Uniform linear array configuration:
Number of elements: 16
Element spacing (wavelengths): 1
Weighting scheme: blackman
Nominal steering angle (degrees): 60
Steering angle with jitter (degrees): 61.442
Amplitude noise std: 0.05
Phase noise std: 0.05

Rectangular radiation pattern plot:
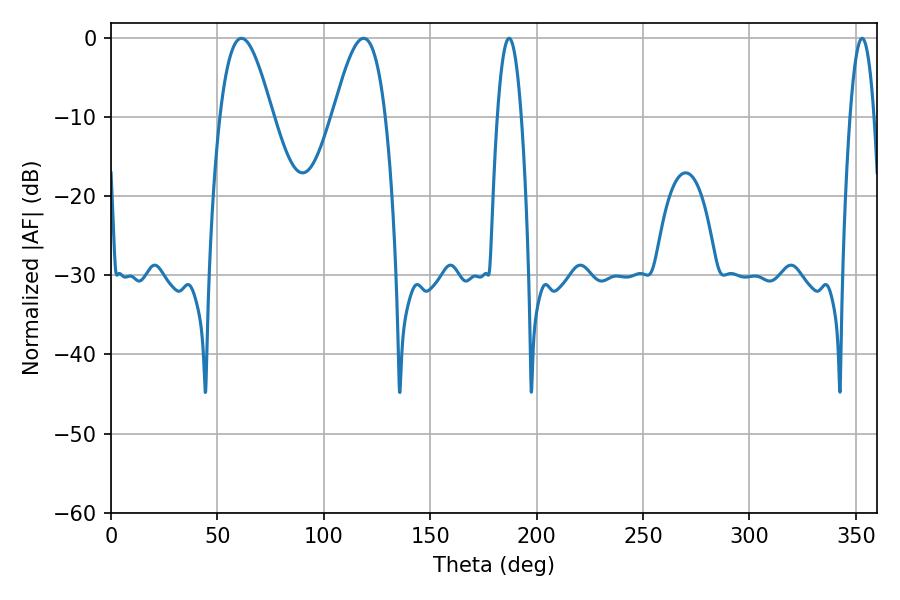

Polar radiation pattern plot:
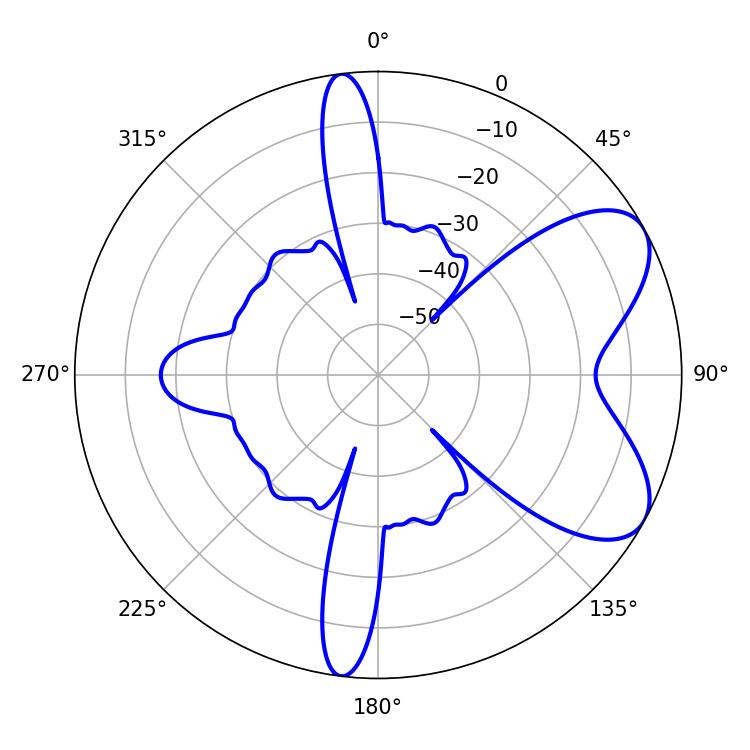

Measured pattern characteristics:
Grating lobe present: TRUE
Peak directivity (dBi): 6.745
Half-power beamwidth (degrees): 6.3
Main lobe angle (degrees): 187.02